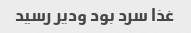
غذا سرد بود ودیر رسید